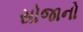
સોજાનો